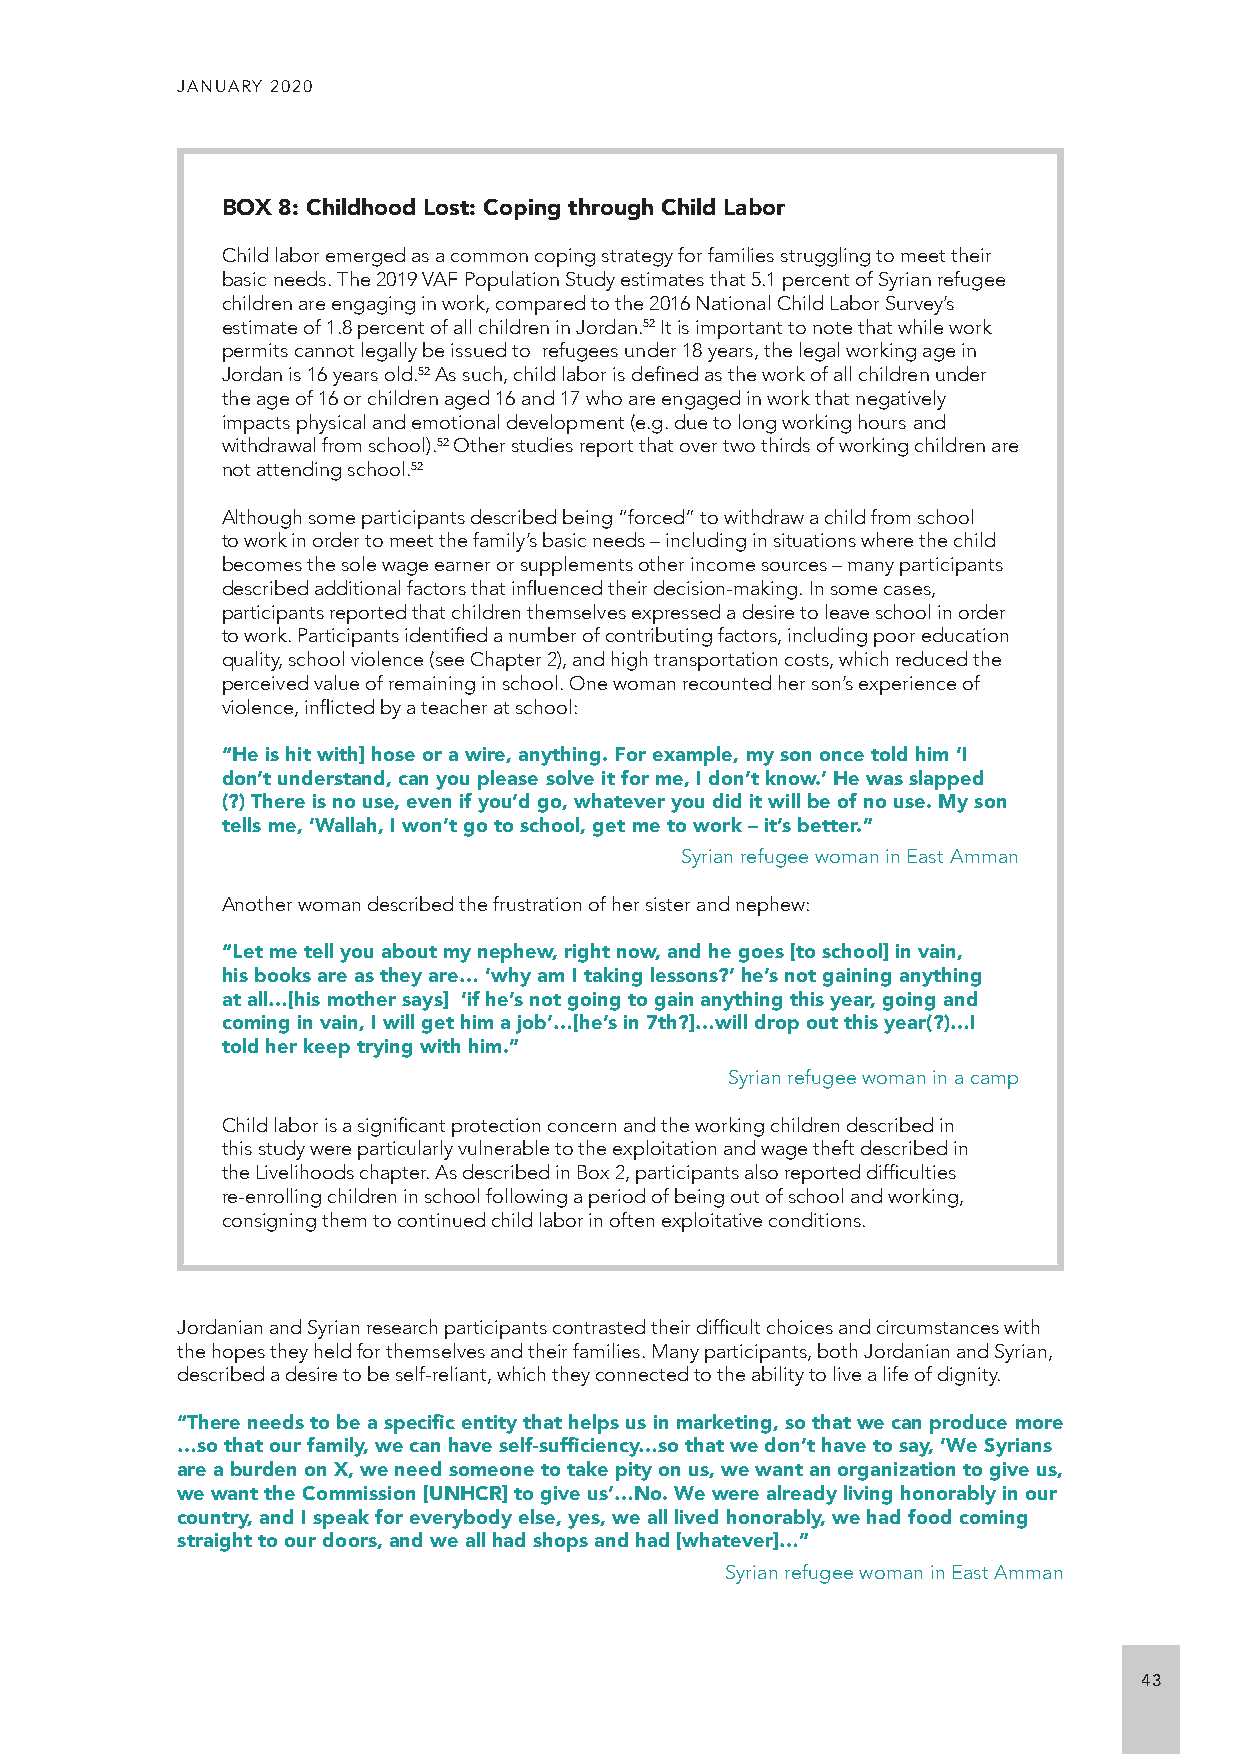
JANUARY 2020
 BOX 8: Childhood Lost: Coping through Child Labor
 Child labor emerged as a common coping strategy for families struggling to meet their
 basic needs. The 2019 VAF Population Study estimates that 5.1 percent of Syrian refugee
 children are engaging in work, compared to the 2016 National Child Labor Survey’s
 estimate of 1.8 percent of all children in Jordan.52 It is important to note that while work
 permits cannot legally be issued to refugees under 18 years, the legal working age in
 Jordan is 16 years old.52 As such, child labor is defined as the work of all children under
 the age of 16 or children aged 16 and 17 who are engaged in work that negatively
 impacts physical and emotional development (e.g. due to long working hours and
 withdrawal from school).52 Other studies report that over two thirds of working children are
 not attending school.52
 Although some participants described being “forced” to withdraw a child from school
 to work in order to meet the family’s basic needs – including in situations where the child
 becomes the sole wage earner or supplements other income sources – many participants
 described additional factors that influenced their decision-making. In some cases,
 participants reported that children themselves expressed a desire to leave school in order
 to work. Participants identified a number of contributing factors, including poor education
 quality, school violence (see Chapter 2), and high transportation costs, which reduced the
 perceived value of remaining in school. One woman recounted her son’s experience of
 violence, inflicted by a teacher at school:
 “He is hit with] hose or a wire, anything. For example, my son once told him ‘I
 don’t understand, can you please solve it for me, I don’t know.’ He was slapped
 (?) There is no use, even if you’d go, whatever you did it will be of no use. My son
 tells me, ‘Wallah, I won’t go to school, get me to work – it’s better.”
 Syrian refugee woman in East Amman
 Another woman described the frustration of her sister and nephew:
 “Let me tell you about my nephew, right now, and he goes [to school] in vain,
 his books are as they are… ‘why am I taking lessons?’ he’s not gaining anything
 at all…[his mother says] ‘if he’s not going to gain anything this year, going and
 coming in vain, I will get him a job’…[he’s in 7th?]…will drop out this year(?)…I
 told her keep trying with him.”
 Syrian refugee woman in a camp
 Child labor is a significant protection concern and the working children described in
 this study were particularly vulnerable to the exploitation and wage theft described in
 the Livelihoods chapter. As described in Box 2, participants also reported difficulties
 re-enrolling children in school following a period of being out of school and working,
 consigning them to continued child labor in often exploitative conditions.
 Jordanian and Syrian research participants contrasted their difficult choices and circumstances with
 the hopes they held for themselves and their families. Many participants, both Jordanian and Syrian,
 described a desire to be self-reliant, which they connected to the ability to live a life of dignity.
 “There needs to be a specific entity that helps us in marketing, so that we can produce more
 …so that our family, we can have self-sufficiency…so that we don’t have to say, ‘We Syrians
 are a burden on X, we need someone to take pity on us, we want an organization to give us,
 we want the Commission [UNHCR] to give us’…No. We were already living honorably in our
 country, and I speak for everybody else, yes, we all lived honorably, we had food coming
 straight to our doors, and we all had shops and had [whatever]…”
 Syrian refugee woman in East Amman
 43